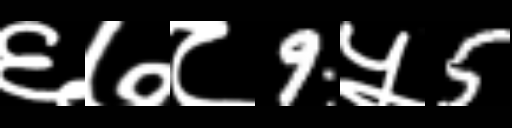
Text: ६७८9५5